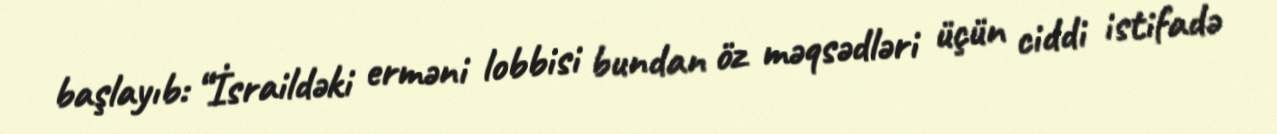
başlayıb: “İsraildəki erməni lobbisi bundan öz məqsədləri üçün ciddi istifadə